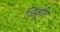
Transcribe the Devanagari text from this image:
जिंकूनि